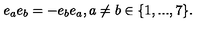
e _ { a } e _ { b } = - e _ { b } e _ { a } , a \ne b \in \{ 1 , . . . , 7 \} .